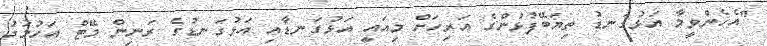
"އެހެންވީމާ އަޅުގަނޑު ތިޔަބޭފުޅުންގެ އަރިހަށް މިއައީ އަޅުގަނޑާއި އަޅުގަނޑުގެ ރަނިން މޭޓް އަހުމަދު